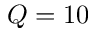
Q = 1 0